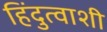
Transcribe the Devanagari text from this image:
हिंदुत्वाशी